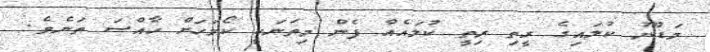
މަޑުނޫ ކުލައިގެ ރީތި ރިތީ ކުލައެއް ފެން މިތަނަކީ ކޯމަހަށް ހާއްސަ ތަނެވެ.